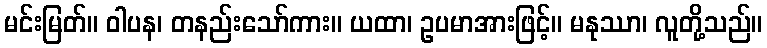
မင်းမြတ်။ ဝါပန၊ တနည်းသော်ကား။ ယထာ၊ ဥပမာအားဖြင့်။ မနုဿာ၊ လူတို့သည်။